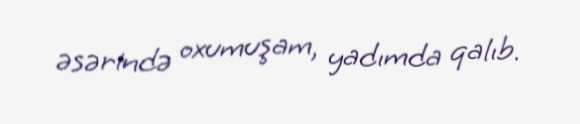
əsərində oxumuşam, yadımda qalıb.